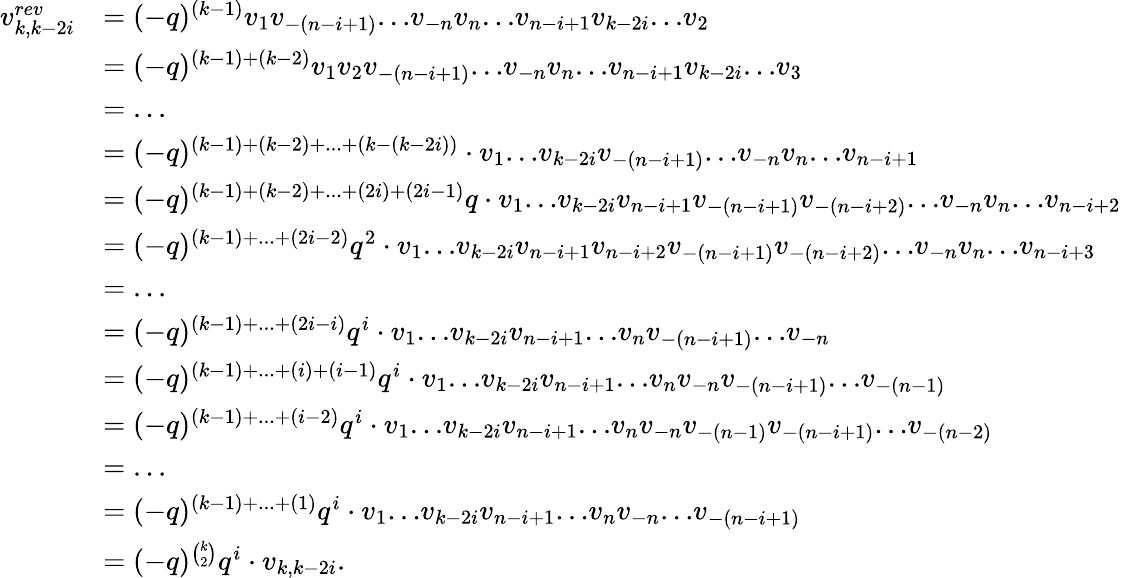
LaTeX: \begin{array}{rl}{v_{k,k-2i}^{rev}}&{=(-q)^{(k-1)}v_{1}v_{-(n-i+1)}\mathrm{...}v_{-n}v_{n}\mathrm{...}v_{n-i+1}v_{k-2i}\mathrm{...}v_{2}}\\ &{=(-q)^{(k-1)+(k-2)}v_{1}v_{2}v_{-(n-i+1)}\mathrm{...}v_{-n}v_{n}\mathrm{...}v_{n-i+1}v_{k-2i}\mathrm{...}v_{3}}\\ &{=\mathrm{...}}\\ &{=(-q)^{(k-1)+(k-2)+\mathrm{...}+(k-(k-2i))}\cdot v_{1}\mathrm{...}v_{k-2i}v_{-(n-i+1)}\mathrm{...}v_{-n}v_{n}\mathrm{...}v_{n-i+1}}\\ &{=(-q)^{(k-1)+(k-2)+\mathrm{...}+(2i)+(2i-1)}q\cdot v_{1}\mathrm{...}v_{k-2i}v_{n-i+1}v_{-(n-i+1)}v_{-(n-i+2)}\mathrm{...}v_{-n}v_{n}\mathrm{...}v_{n-i+2}}\\ &{=(-q)^{(k-1)+\mathrm{...}+(2i-2)}q^{2}\cdot v_{1}\mathrm{...}v_{k-2i}v_{n-i+1}v_{n-i+2}v_{-(n-i+1)}v_{-(n-i+2)}\mathrm{...}v_{-n}v_{n}\mathrm{...}v_{n-i+3}}\\ &{=\mathrm{...}}\\ &{=(-q)^{(k-1)+\mathrm{...}+(2i-i)}q^{i}\cdot v_{1}\mathrm{...}v_{k-2i}v_{n-i+1}\mathrm{...}v_{n}v_{-(n-i+1)}\mathrm{...}v_{-n}}\\ &{=(-q)^{(k-1)+\mathrm{...}+(i)+(i-1)}q^{i}\cdot v_{1}\mathrm{...}v_{k-2i}v_{n-i+1}\mathrm{...}v_{n}v_{-n}v_{-(n-i+1)}\mathrm{...}v_{-(n-1)}}\\ &{=(-q)^{(k-1)+\mathrm{...}+(i-2)}q^{i}\cdot v_{1}\mathrm{...}v_{k-2i}v_{n-i+1}\mathrm{...}v_{n}v_{-n}v_{-(n-1)}v_{-(n-i+1)}\mathrm{...}v_{-(n-2)}}\\ &{=\mathrm{...}}\\ &{=(-q)^{(k-1)+\mathrm{...}+(1)}q^{i}\cdot v_{1}\mathrm{...}v_{k-2i}v_{n-i+1}\mathrm{...}v_{n}v_{-n}\mathrm{...}v_{-(n-i+1)}}\\ &{=(-q)^{\binom{k}{2}}q^{i}\cdot v_{k,k-2i}.}\end{array}